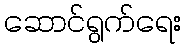
ဆောင်ရွက်ရေး